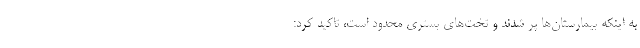
به اینکه بیمارستان‌ها پر شدند و تخت‌های بستری محدود است، تاکید کرد: